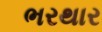
ભરથાર